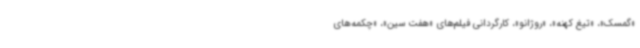
«گمسک»، «تیغ کهنه»، «روژانو»، کارگردانی فیلم‌های «هفت سین»، «چکمه‌های